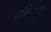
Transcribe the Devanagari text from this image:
वाग्विभूति